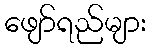
ဖျော်ရည်များ